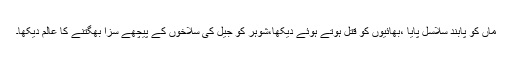
ماں کو پابند سلاسل پایا ،بھائیوں کو قتل ہوتے ہوئے دیکھا،شوہر کو جیل کی سلاخوں کے پیچھے سزا بھگتنے کا عالم دیکھا۔